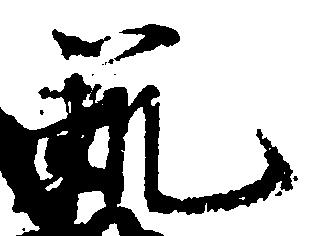
範